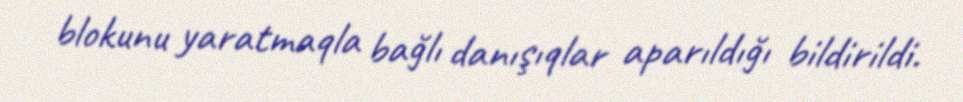
blokunu yaratmaqla bağlı danışıqlar aparıldığı bildirildi.